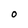
Character: O